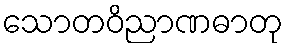
သောတဝိညာဏဓာတု